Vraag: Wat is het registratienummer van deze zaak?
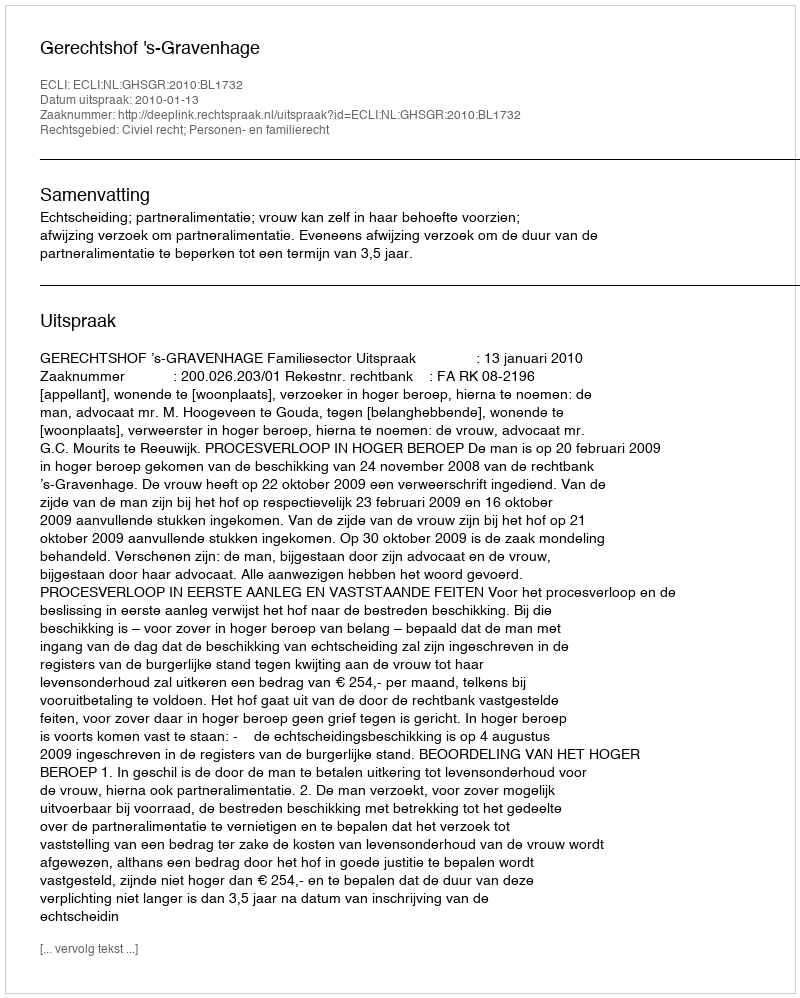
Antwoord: http://deeplink.rechtspraak.nl/uitspraak?id=ECLI:NL:GHSGR:2010:BL1732